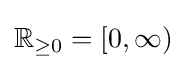
\mathbb {R} _{\geq 0}=[0,\infty )